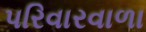
પરિવારવાળા